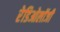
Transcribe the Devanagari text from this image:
रेडिओलॉजी